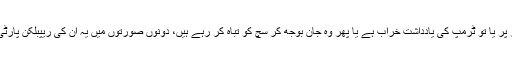
ان کا مزید کہنا تھا، "واضح طور پر یا تو ٹرمپ کی یادداشت خراب ہے یا پھر وہ جان بوجھ کر سچ کو تباہ کر رہے ہیں، دونوں صورتوں میں یہ ان کی ریپبلکن پارٹی کے لیے خطرے کی بات ہے"۔